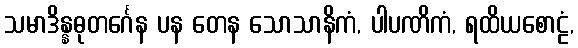
သမာဒိန္နဓုတင်္ဂေန ပန တေန သောသာနိကံ, ပါပဏိကံ, ရထိယစောဠံ,